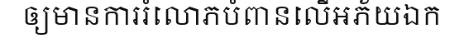
ឲ្យមានការរំលោភបំពានលើអភ័យឯក